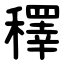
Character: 䆁